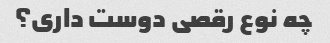
چه نوع رقصی دوست داری؟